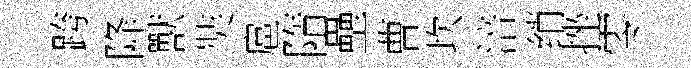
跨降獸奘扈隋壘曹坎涪绡挫零